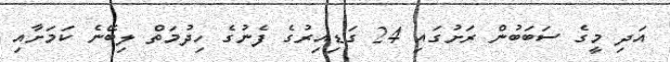
އަދި މީގެ ސަބަބުން ރަށުގައި 24 ގަޑިއިރުގެ ފެނުގެ ހިދުމަތް ލިބޭނެ ކަމަށާއި